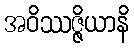
အဝိဿဇ္ဇိယာနိ